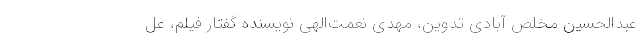
عبدالحسین مخلص آبادی تدوین، مهدی نعمت‌الهی نویسنده گفتار فیلم، عل